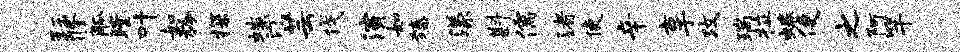
珏修觚瞠叶如矜探嗤汀芸伐演如臻漾斟儒渚使辛享攻瑞拉蜷便之阿竿